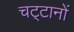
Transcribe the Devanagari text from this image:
चट्‌टानों